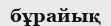
бұрайық